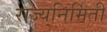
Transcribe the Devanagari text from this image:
राज्यनिर्मिती